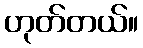
ဟုတ်တယ်။